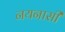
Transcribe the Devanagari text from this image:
नयनासी